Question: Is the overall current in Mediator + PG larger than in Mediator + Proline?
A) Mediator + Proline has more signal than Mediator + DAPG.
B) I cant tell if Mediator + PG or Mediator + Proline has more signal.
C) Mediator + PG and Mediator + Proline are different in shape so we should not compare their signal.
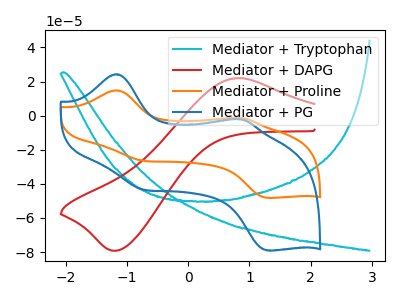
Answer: <think>The cyan curve "Mediator + Tryptophan" has no peaks. The red curve "Mediator + DAPG" has an anodic peak at (0.85V, 22.00uA) and a cathodic peak at (-1.20V, -79.25uA). The orange curve "Mediator + Proline" has anodic peaks at (-1.20V, 14.80uA) (0.85V, -1.30uA) and cathodic peaks at (-0.75V, -26.50uA) (1.30V, -48.20uA). The blue curve "Mediator + PG" has anodic peaks at (-1.20V, 24.25uA) (0.85V, -2.15uA) and cathodic peaks at (-0.75V, -43.45uA) (1.30V, -79.05uA).
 All the peaks in "Mediator + PG" have a peak in "Mediator + Proline" at the same potential.</think>
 <answer>B) I cant tell if "Mediator + PG" or "Mediator + Proline" has more signal.</answer>
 <eval>B</eval>